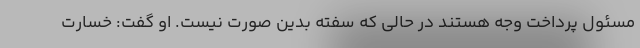
مسئول پرداخت وجه هستند در حالی که سفته بدین صورت نیست. او گفت: خسارت